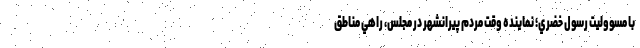
با مسووليت رسول خضري؛ نماينده وقت مردم پيرانشهر در مجلس، راهي مناطق